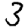
Digit: 3